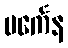
ပင်္ကေန